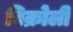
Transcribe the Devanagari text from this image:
विक्रोली